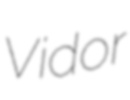
Vidor